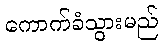
ကောက်ခံသွားမည်